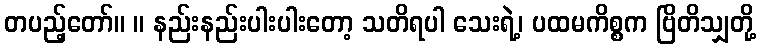
တပည့်တော်။ ။ နည်းနည်းပါးပါးတော့ သတိရပါ သေးရဲ့၊ ပထမကိစ္စက ဗြိတိသျှတို့